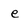
Character: e